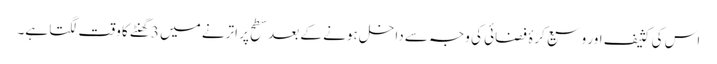
اس کی کثیف اور وسیع کرۂ فضائی کی وجہ سے داخل ہونے کے بعد سطح پر اترنے میں 3گھنٹے کا وقت لگتا ہے۔